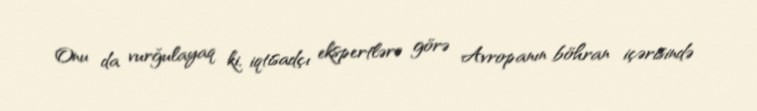
Onu da vurğulayaq ki, iqtisadçı ekspertlərə görə Avropanın böhran içərisində